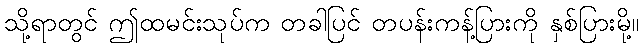
သို့ရာတွင် ဤထမင်းသုပ်က တခါပြင် တပန်းကန့်ပြားကို နှစ်ပြားမို့။